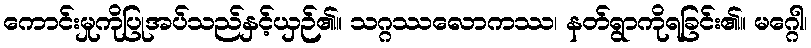
ကောင်းမှုကိုပြုအပ်သည်နှင့်ယှဉ်၏။ သဂ္ဂဿလောကဿ၊ နတ်ရွာကိုရခြင်း၏။ မဂ္ဂေါ၊